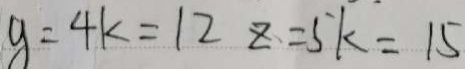
y = 4 k = 1 2 z = 5 k = 1 5